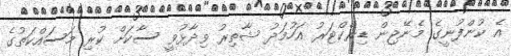
އެ ކުންފުނީގެ މެނޭޖިން ޑިރެކްޓަރު އަހުމަދު ޝާތިރު ވިދާޅުވީ ސާކަށް ކުރި މަސައްކަތުގެ